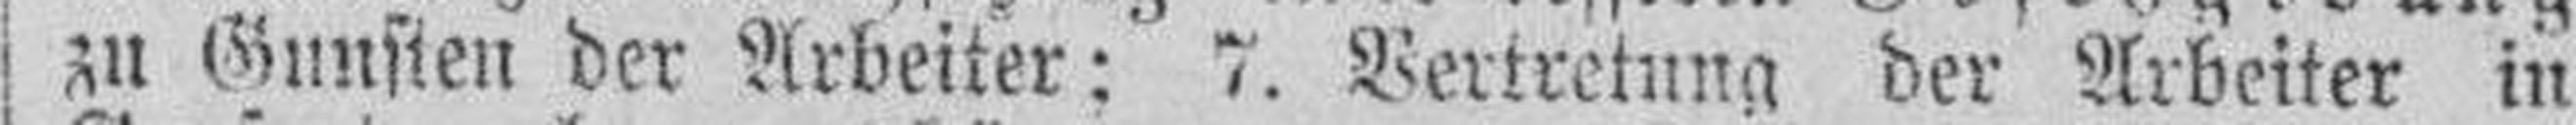
zu Gunsten der Arbeiter; 7. Vertretung der Arbeiter in